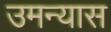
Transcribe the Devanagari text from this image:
उमन्यास